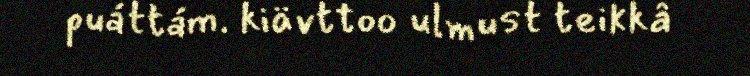
puáttám. kiävttoo ulmust teikkâ